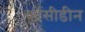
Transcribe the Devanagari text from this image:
कोंसीडीन